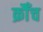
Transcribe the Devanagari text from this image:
क्रौँच